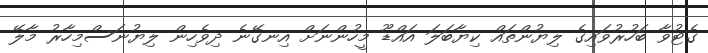
ގެޓުވާ ބަހުރުވައިގެ ލިޔުންތައް ކިޔާބަލަ އައްޑޫ މީހުންނަށް އިނގޭނެ ދިވެހިން ލިޔުނަސްމިހާރު މާލޭ